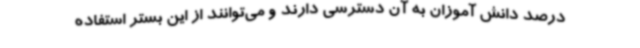
درصد دانش آموزان به آن دسترسی دارند و می‌توانند از این بستر استفاده